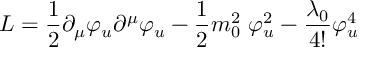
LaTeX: { \cal L } = \frac { 1 } { 2 } \partial _ { \mu } \varphi _ { u } \partial ^ { \mu } \varphi _ { u } - \frac { 1 } { 2 } m _ { 0 } ^ { 2 } ~ \varphi _ { u } ^ { 2 } - \frac { \lambda _ { 0 } } { 4 ! } \varphi _ { u } ^ { 4 } \,